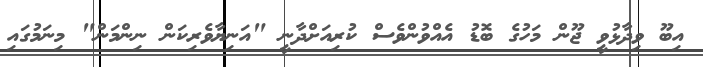
އިބޫ ވިދާޅުވީ ޖޫން މަހުގެ ބޮޑު އެއްވުންވެސް ކުރިއަށްދާނީ "އަނިޔާވެރިކަން ނިންމަން" މިނަމުގައި